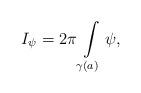
LaTeX: \begin{align*}I_{\psi}=2\pi\int\limits_{\gamma(a)}\psi,\end{align*}